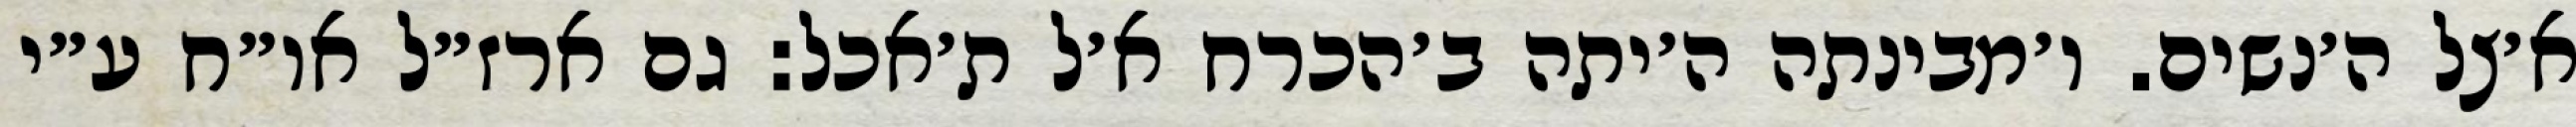
א׳צל ה׳נשים. ו׳מבינתה ה׳יתה ב׳הכרח א׳ל ת׳אכל: גם ארז״ל או״ח ע״י